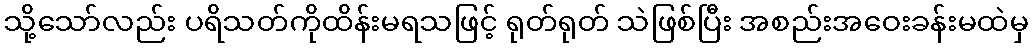
သို့သော်လည်း ပရိသတ်ကိုထိန်းမရသဖြင့် ရုတ်ရုတ် သဲဖြစ်ပြီး အစည်းအဝေးခန်းမထဲမှ